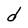
Character: d